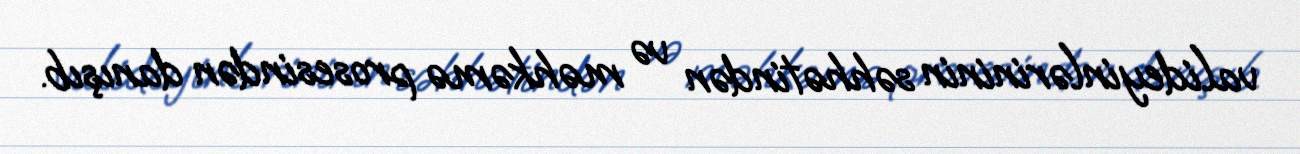
valideyinlərininin səhhətindən və məhkəmə prosesindən danışıb.